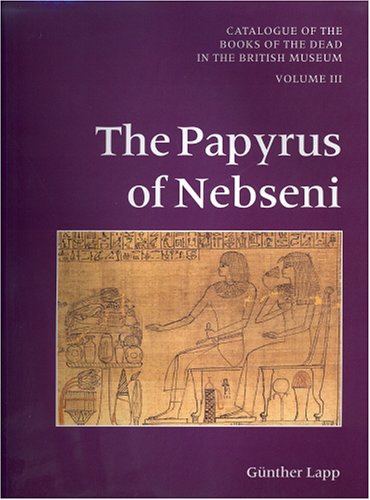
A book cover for Catalogue of the Books of the Dead in the British Museum III; F. R. Herbin; Religion & Spirituality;